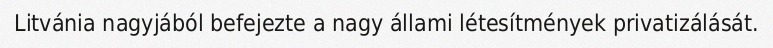
Litvánia nagyjából befejezte a nagy állami létesítmények privatizálását.